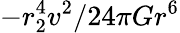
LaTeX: -r_{2}^{4}v^{2}/24\pi Gr^{6}